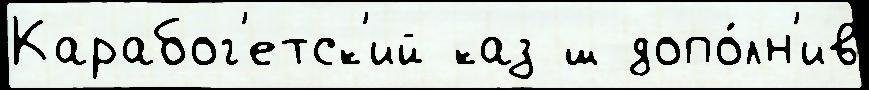
Карабог'етск'ий каз ш допо́лн'ив